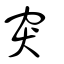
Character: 突